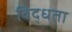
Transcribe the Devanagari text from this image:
विद्धता